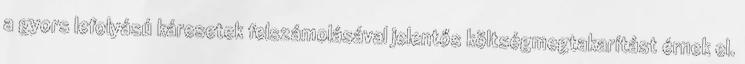
a gyors lefolyású káresetek felszámolásával jelentős költségmegtakarítást érnek el.